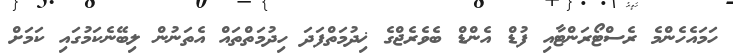
ހަމައެހެންމެ ރެސްޓޯރަންޓާއި ފުޑް އެންޑް ބެވެރެޖްގެ ޚިދުމަތްފަދަ ހިދުމަތްތައް އެތަނުން ލިބޭނެކަމުގައި ކަމަށް